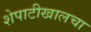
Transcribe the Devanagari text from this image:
शेपाटीखालचा